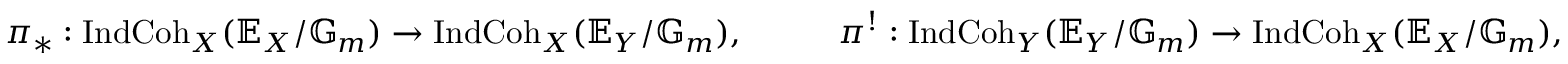
\pi _ { * } : \operatorname { I n d C o h } _ { X } ( \mathbb { E } _ { X } / \mathbb { G } _ { m } ) \rightarrow \operatorname { I n d C o h } _ { X } ( \mathbb { E } _ { Y } / \mathbb { G } _ { m } ) , \; \; \; \; \; \; \; \; \; \; \pi ^ { ! } : \operatorname { I n d C o h } _ { Y } ( \mathbb { E } _ { Y } / \mathbb { G } _ { m } ) \rightarrow \operatorname { I n d C o h } _ { X } ( \mathbb { E } _ { X } / \mathbb { G } _ { m } ) ,